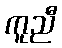
ကူညီ